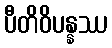
ပီတိဝိပန္နဿ